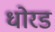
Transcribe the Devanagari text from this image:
धोरड